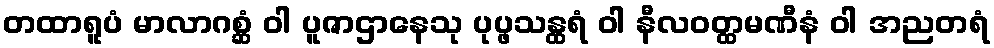
တထာရူပံ မာလာဂစ္ဆံ ဝါ ပူဇာဌာနေသု ပုပ္ဖသန္ထရံ ဝါ နီလဝတ္ထမဏီနံ ဝါ အညတရံ